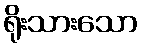
ရိုးသားသော